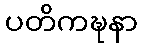
ပတိကဍ္ဎနာ